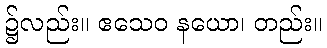
၌လည်း။ ဧသေဝ နယော၊ တည်း။